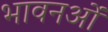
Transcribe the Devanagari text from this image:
भावनओं